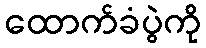
ထောက်ခံပွဲကို